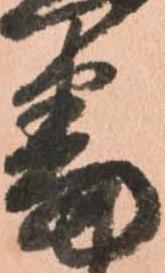
番